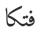
فتكا